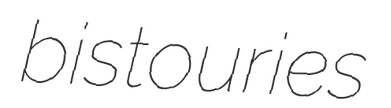
bistouries